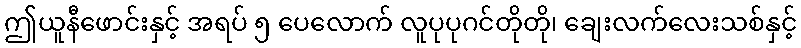
ဤယူနီဖောင်းနှင့် အရပ် ၅ ပေလောက် လူပုပုဂင်တိုတို၊ ချေးလက်လေးသစ်နှင့်